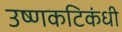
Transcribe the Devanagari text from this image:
उष्णकटिकंधी